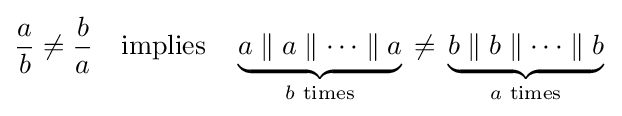
{\frac {a}{b}}\neq {\frac {b}{a}}\quad {\text{implies}}\quad \underbrace {a\parallel a\parallel \cdots \parallel a} _{b{\text{ times}}}\,\neq \,\underbrace {b\parallel b\parallel \cdots \parallel b} _{a{\text{ times}}}~\!